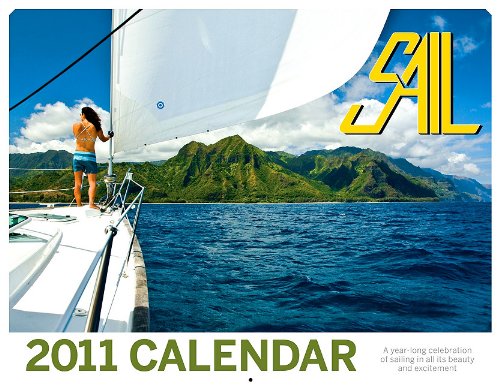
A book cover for SAIL 2011 Calendar; SAIL Magazine; Calendars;